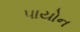
પાયોન